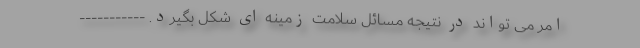
امر می تواند در نتیجه مسائل سلامت زمینه ای شکل بگیرد. -----------